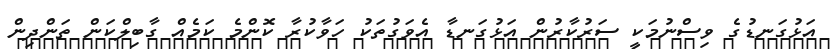
އަޅުގަނޑުގެ ވިސްނުމަކީ ސަރުކާރުން އަޅުގަނޑާ އެވަގުތަކު ހަވާކުރާ ކޮންމެ ކަމެއް ގާބިލްކަން ތަންދިން